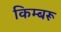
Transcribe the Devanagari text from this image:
किम्बरू